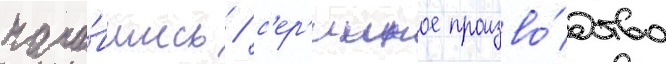
нача́вшись / с'ер'ииное произво́дство